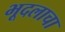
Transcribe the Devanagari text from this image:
भूदलाचा